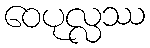
ဝေပုလ္လဿ